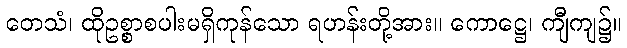
တေသံ၊ ထိုဥစ္စာစပါးမရှိကုန်သော ရဟန်းတို့အား။ ကောဋ္ဌေ၊ ကျီကျ၌။